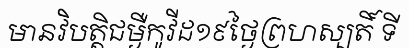
មានវិបត្តិជម្ងឺកូវីដ១៩ថ្ងៃព្រហស្បតិ៍ ទី